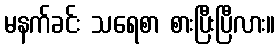
မနက်ခင်း သရေစာ စားပြီးပြီလား။